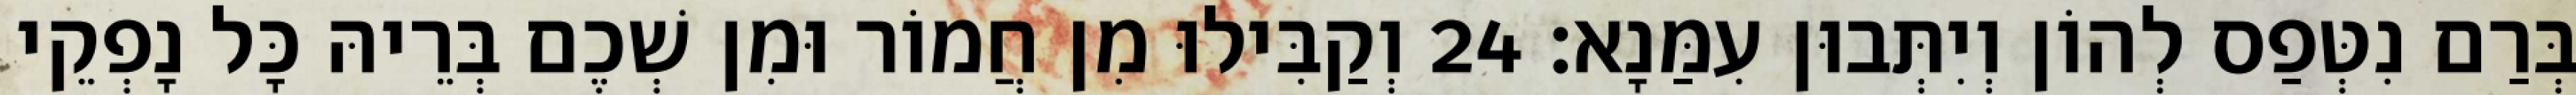
בְּרַם נִטְּפַס לְהוֹן וְיִתְּבוּן עִמַּנָא׃ 24 וְקַבִּילוּ מִן חֲמוֹר וּמִן שְׁכֶם בְּרֵיהּ כָּל נָפְקֵי